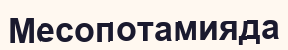
Месопотамияда